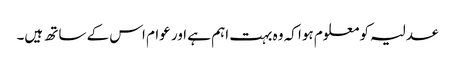
عدلیہ کو معلوم ہوا کہ وہ بہت اہم ہے اور عوام اس کے ساتھ ہیں۔